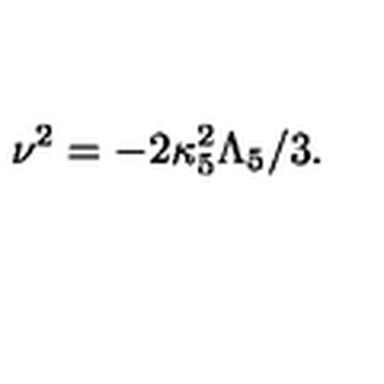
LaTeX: \nu ^ { 2 } = - 2 \kappa _ { 5 } ^ { 2 } \Lambda _ { 5 } / 3 .